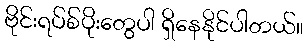
ဗိုင်းရပ်စ်ပိုးတွေပါ ရှိနေနိုင်ပါတယ်။